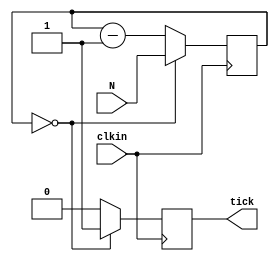
module clktick (clkin, N, tick);


input clkin;
input [15:0] N;
output tick;

reg [15:0] count;
reg tick;

initial tick = 1'b0;

	always @ (posedge clkin)
			if (count == 0) 
			begin
				tick <= 1'b1;
				count <= N;
				end
			else begin
				tick <= 1'b0;
				count <= count - 1'b1;
			end
endmodule